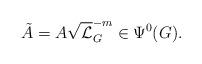
LaTeX: \begin{align*} \tilde{A}=A\sqrt{\mathcal{L}}_{G}^{-m}\in \Psi^{0}(G).\end{align*}